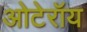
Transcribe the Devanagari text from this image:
ओटेरॉय